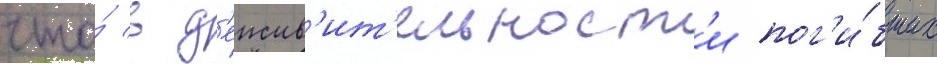
что́ в д'еиств'ит'ельност'и пог'и́бших